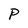
Character: P